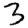
Digit: 3